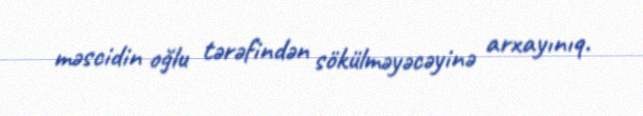
məscidin oğlu tərəfindən sökülməyəcəyinə arxayınıq.